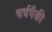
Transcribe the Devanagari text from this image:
चर्चपैकी